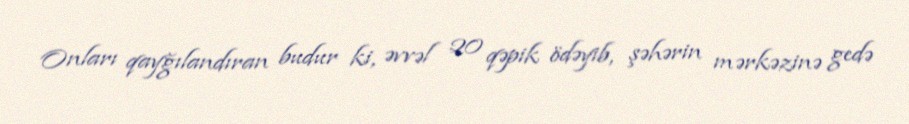
Onları qayğılandıran budur ki, əvvəl 20 qəpik ödəyib, şəhərin mərkəzinə gedə